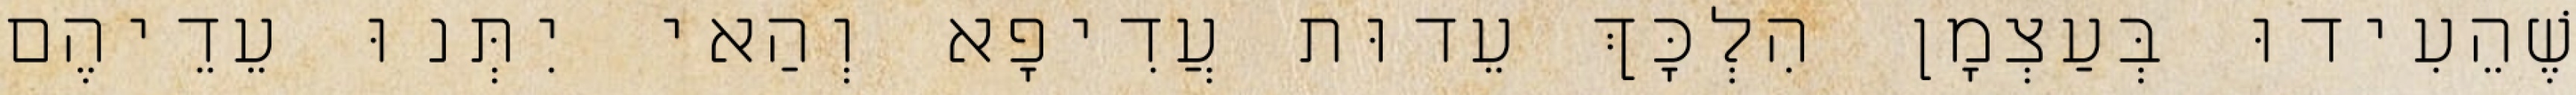
שֶׁהֵעִידוּ בְּעַצְמָן הִלְכָּךְ עֵדוּת עֲדִיפָא וְהַאי יִתְּנוּ עֵדֵיהֶם